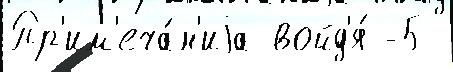
Пр'им'еча́н'иjа войд'я́ -5